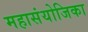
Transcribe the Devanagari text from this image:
महासंयोजिका